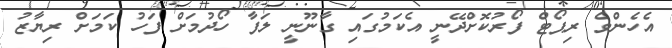
އެހެންވެ ރިޕޯޓް ފޯރުކޮށްދޭނީ އެކަމުގައި ގާނޫނީ ލަފާ ހޯދުމަށް ފަހު ކަމަށް ރިޔާޒު